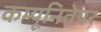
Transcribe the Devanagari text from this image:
कम्यूनितेयर